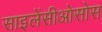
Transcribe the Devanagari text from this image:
साइलेंसीओसोस